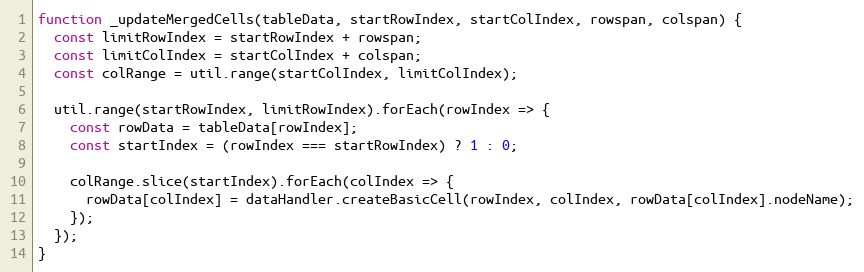
Language: JavaScript
function _updateMergedCells(tableData, startRowIndex, startColIndex, rowspan, colspan) {
  const limitRowIndex = startRowIndex + rowspan;
  const limitColIndex = startColIndex + colspan;
  const colRange = util.range(startColIndex, limitColIndex);

  util.range(startRowIndex, limitRowIndex).forEach(rowIndex => {
    const rowData = tableData[rowIndex];
    const startIndex = (rowIndex === startRowIndex) ? 1 : 0;

    colRange.slice(startIndex).forEach(colIndex => {
      rowData[colIndex] = dataHandler.createBasicCell(rowIndex, colIndex, rowData[colIndex].nodeName);
    });
  });
}